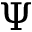
\Psi